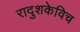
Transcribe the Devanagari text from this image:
रादुशकेविच